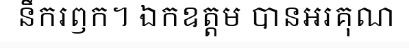
នឹករឭក។ ឯកឧត្តម បានអរគុណ